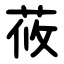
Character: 莜